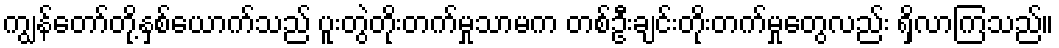
ကျွန်တော်တို့နှစ်ယောက်သည် ပူးတွဲတိုးတက်မှုသာမက တစ်ဦးချင်းတိုးတက်မှုတွေလည်း ရှိလာကြသည်။